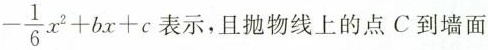
- \frac { 1 } { 6 } x ^ { 2 } + b x + c$$ 示，且抛物线上的点C到墙面